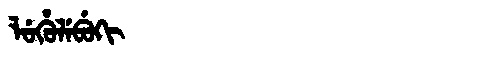
Manchu: ᠯᡠᡥᡠᠯᡝᠪᡠᡴᡳ
Romanization: LUHULEBUKI